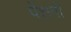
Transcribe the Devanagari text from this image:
पेंशनी